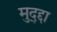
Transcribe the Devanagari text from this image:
मुद्द्दा